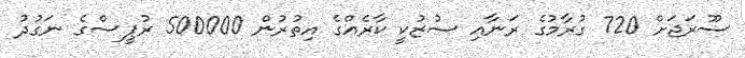
ސޫރަޖަށް 720 ގުރާމުގެ ރަނާއި ސުޒުކީ ކާރެއްގެ އިތުރުން 500000 ރުޕީސްގެ ނަގުދު